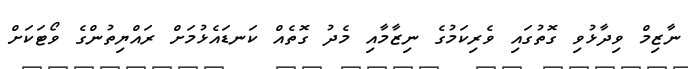
ނާޒިމް ވިދާޅުވި ގޮތުގައި ވެރިކަމުގެ ނިޒާމާއި މެދު ގޮތެއް ކަނޑައެޅުމަށް ރައްޔިތުންގެ ވޯޓަކަށް